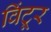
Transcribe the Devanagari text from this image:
विंटूर